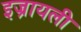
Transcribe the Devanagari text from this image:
इज्रायली